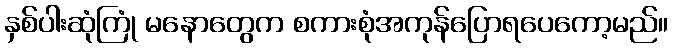
နှစ်ပါးဆုံကြုံ မနောတွေက စကားစုံအကုန်ပြောရပေကော့မည်။